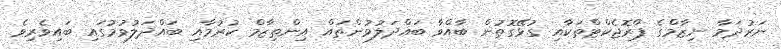
ނަރުދަމާ ނިޒާމްގެ ޕްރޮޖެކްޓްތަކާއި ގުޅޭގޮތުން ބާއްވާ ބައްދަލުވުންތައް އިންތިޒާމް ކުރުމާއި ބައްދަލުވުމުގައި ބައިވެރިވެ